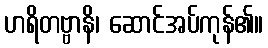
ဟရိတဗ္ဗာနိ၊ ဆောင်အပ်ကုန်၏။